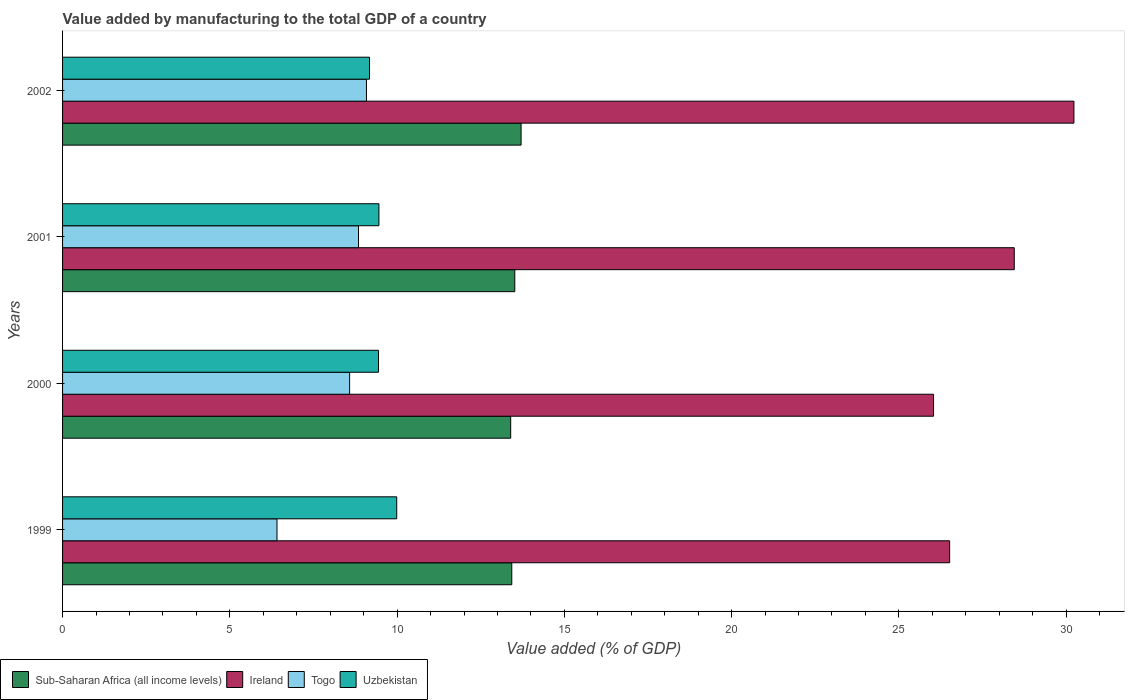
| Years | Sub-Saharan Africa (all income levels) | Ireland | Togo | Uzbekistan |
 | --- | --- | --- | --- | --- |
 | 1999 | 13.4 | 26.5 | 6.41 | 9.99 |
 | 2000 | 13.4 | 26 | 8.58 | 9.44 |
 | 2001 | 13.5 | 28.4 | 8.85 | 9.46 |
 | 2002 | 13.7 | 30.2 | 9.08 | 9.18 |